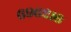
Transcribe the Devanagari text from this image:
६९६२१६